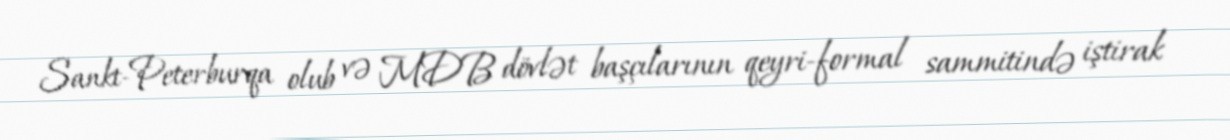
Sankt-Peterburqa olub və MDB dövlət başçılarının qeyri-formal sammitində iştirak